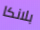
بلانكا